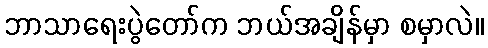
ဘာသာရေးပွဲတော်က ဘယ်အချိန်မှာ စမှာလဲ။